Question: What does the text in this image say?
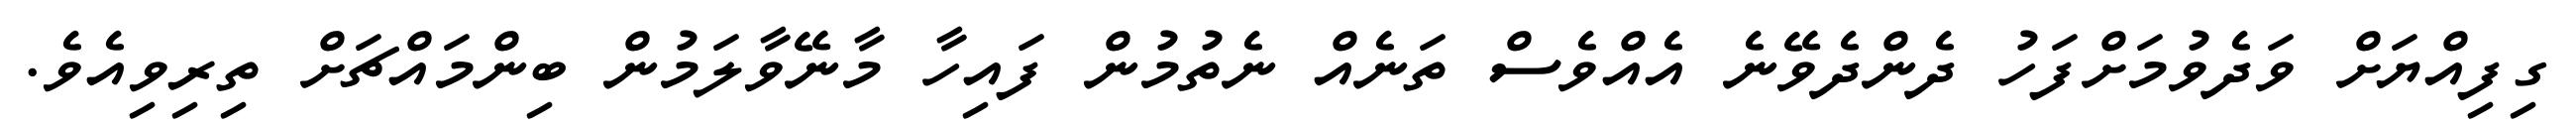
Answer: ގިފިއްޔަށް ވަދެވުމަށްފަހު ދެންދެވޭނެ އެއްވެސް ތަނެއް ނެތުމުން ފައިހާ މާނޭވާލަމުން ބިންމައްޗަށް ތިރިވިއެވެ.